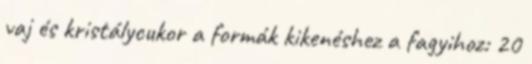
vaj és kristálycukor a formák kikenéshez a fagyihoz: 20